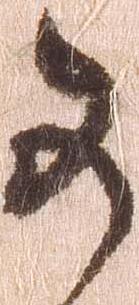
可